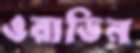
ওরাভিন